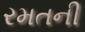
રમતની